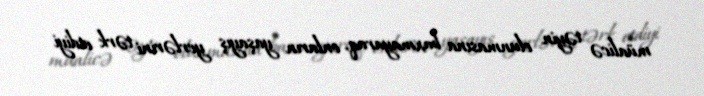
müalicə təyin olunmasına baxmayaraq, onların yaşayış yerlərini tərk etdiyi